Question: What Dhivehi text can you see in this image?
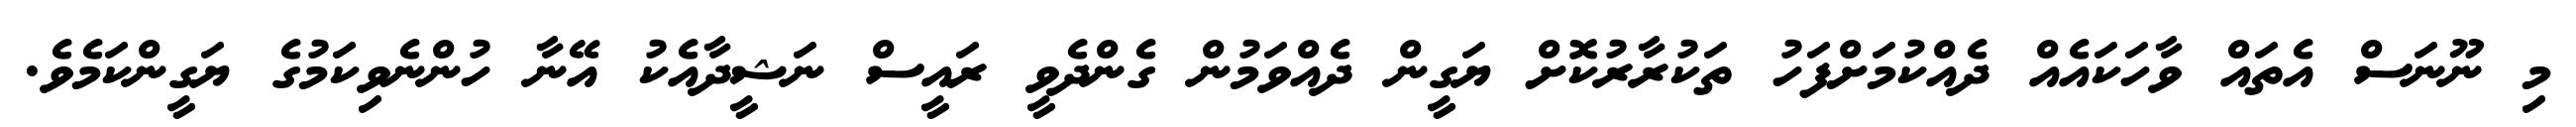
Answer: މި ނޫނަސް އެތައް ވާހަކައެއް ދެއްކުމަށްފަހު ތަކުރާރުކޮށް ޔަގީން ދެއްވަމުން ގެންދެވީ ރައީސް ނަޝީދާއެކު އޭނާ ހުންނެވިކަމުގެ ޔަގީންކަމެވެ.